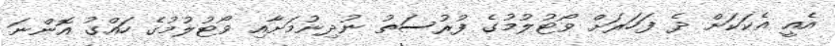
އެއީ އެކަކަށް ދެ ފަހަރަށް ވޯޓުލުމުގެ ފުރުސަތު ނުދިނުމަށާއި ވޯޓުލުމުގެ ހައްގު އޮންނަ